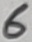
Text: 6